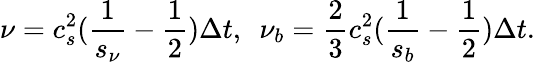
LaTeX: \nu=c_{s}^{2}(\frac{1}{{{s_{\nu}}}}-\frac{1}{2})\Delta t,~~{\nu_{b}}=\frac{2}{3}c_{s}^{2}(\frac{1}{{{s_{b}}}}-\frac{1}{2})\Delta t.